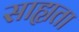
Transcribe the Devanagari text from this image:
साह्यता